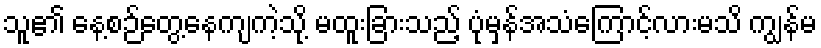
သူ၏ နေ့စဉ်တွေ့နေကျကဲ့သို့ မထူးခြားသည့် ပုံမှန်အသံကြောင့်လားမသိ ကျွန်မ